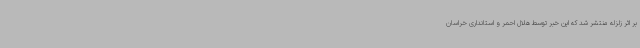
بر اثر زلزله منتشر شد که این خبر توسط هلال احمر و استانداری خراسان